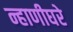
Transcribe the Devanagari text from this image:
न्हाणीघरे